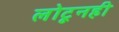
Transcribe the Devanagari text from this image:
लोटूनही